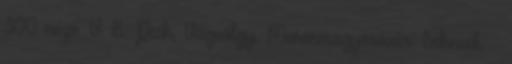
300 néző. V: B. Pech, Vágvölgyi Mosonmagyaróvár: Schneck –